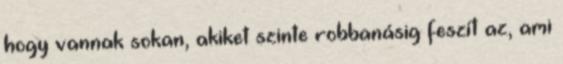
hogy vannak sokan, akiket szinte robbanásig feszít az, ami